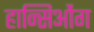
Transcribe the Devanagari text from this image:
हान्सिओंग